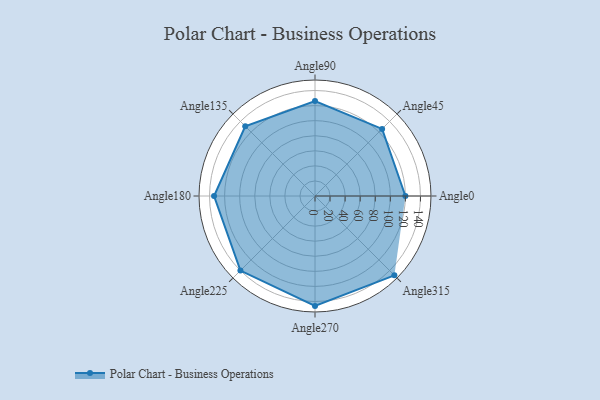
{"axis": {"x": "Angle", "y": "Radius"}, "legend": [""], "data": [{"x": "Angle0", "y": 120.0, "type": ""}, {"x": "Angle45", "y": 126.0, "type": ""}, {"x": "Angle90", "y": 126.0, "type": ""}, {"x": "Angle135", "y": 131.0, "type": ""}, {"x": "Angle180", "y": 134.0, "type": ""}, {"x": "Angle225", "y": 140.0, "type": ""}, {"x": "Angle270", "y": 146.0, "type": ""}, {"x": "Angle315", "y": 149.0, "type": ""}]}